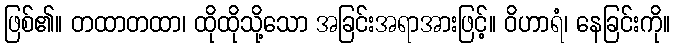
ဖြစ်၏။ တထာတထာ၊ ထိုထိုသို့သော အခြင်းအရာအားဖြင့်။ ဝိဟာရံ၊ နေခြင်းကို။